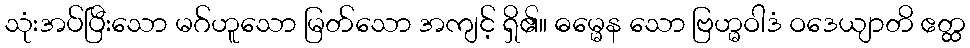
သုံးအပ်ပြီးသော မဂ်ဟူသော မြတ်သော အကျင့် ရှိ၏။ ဓမ္မေန သော ဗြဟ္မဝါဒံ ဝဒေယျာတိ ဧတ္ထ